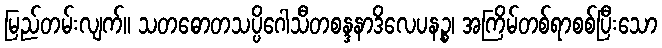
မြည်တမ်းလျက်။ သတဓောတသပ္ပိဂေါသီတစန္ဒနာဒိလေပနဉ္စ၊ အကြိမ်တစ်ရာစစ်ပြီးသော